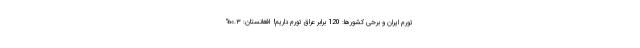
تورم ایران و برخی کشورها: 120 برابر عراق تورم داریم!  افغانستان: ٠.٣%